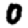
Digit: 0